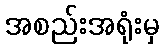
အစည်းအရုံးမှ